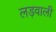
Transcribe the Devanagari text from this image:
लड़वाली